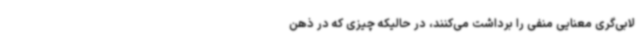
لابی‌گری معنایی منفی را برداشت می‌کنند، در حالیکه چیزی که در ذهن